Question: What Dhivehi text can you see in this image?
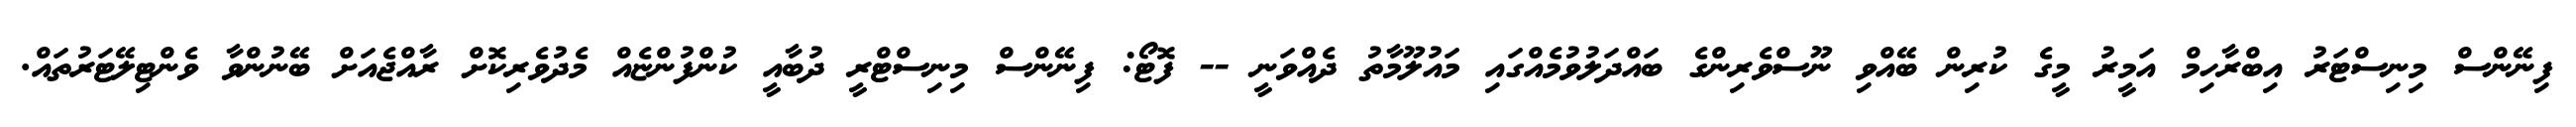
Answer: ފިނޭންސް މިނިސްޓަރު އިބްރާހިމް އަމީރު މީގެ ކުރިން ބޭއްވި ނޫސްވެރިންގެ ބައްދަލުވުމެއްގައި މައުލޫމާތު ދެއްވަނީ -- ފޮޓޯ: ފިނޭންސް މިނިސްޓްރީ ދުބާއީ ކުންފުންޏެއް މެދުވެރިކޮށް ރާއްޖެއަށް ބޭނުންވާ ވެންޓިލޭޓަރުތައް.